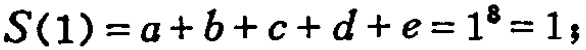
\(S(1)=a + b + c + d + e = 1^{8}=1;\)